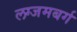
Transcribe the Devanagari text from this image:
लग्जमबर्ग